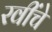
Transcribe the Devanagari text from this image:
रवींचे